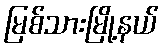
မြစ်သားမြို့နယ်